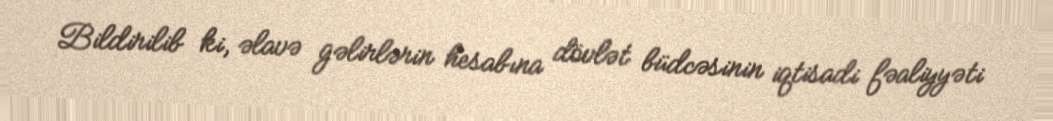
Bildirilib ki, əlavə gəlirlərin hesabına dövlət büdcəsinin iqtisadi fəaliyyəti